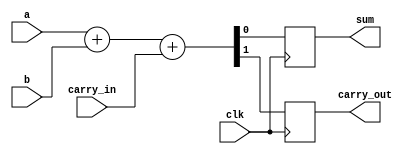
module adder2(a, b, carry_in, clk, sum, carry_out);

	input a, b, carry_in;
	input clk;
	output sum, carry_out;
	reg sum, carry_out;

	always @ (negedge clk)
	begin
		{carry_out, sum} <= a + b + carry_in;
	end

endmodule